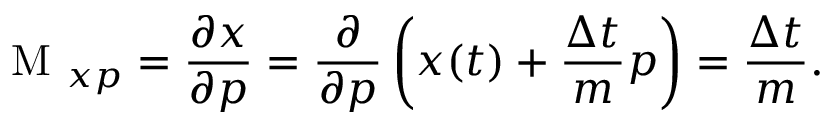
\textrm { M } _ { x p } = \frac { \partial x } { \partial p } = \frac { \partial } { \partial p } \left( x ( t ) + \frac { \Delta t } { m } p \right) = \frac { \Delta t } { m } .